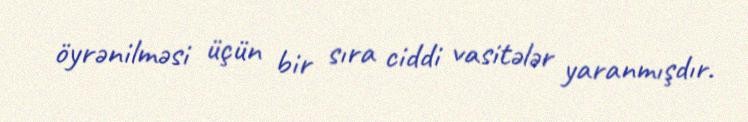
öyrənilməsi üçün bir sıra ciddi vasitələr yaranmışdır.